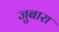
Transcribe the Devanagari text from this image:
जुबारा